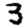
Digit: 3